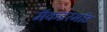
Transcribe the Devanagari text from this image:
मॅकडरमॉट